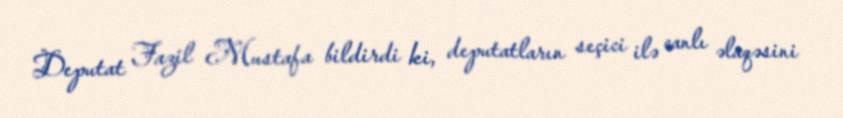
Deputat Fazil Mustafa bildirdi ki, deputatların seçici ilə canlı əlaqəsini